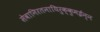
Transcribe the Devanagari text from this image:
सेवानिरतनायिरुक्कुमईन्न